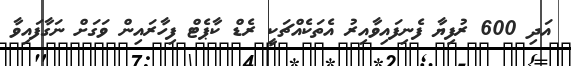
އަދި 600 ރުފިޔާ ފެނިފައިވާއިރު އެތަކެއްޗަކީ ރެޑް ކާޕެޓް ފިހާރައިން ވަގަށް ނަގާފައިވާ